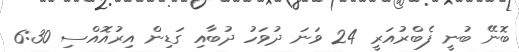
ބޮނޭ ބުނީ ފެބްރުއަރީ 24 ވަނަ ދުވަހު ދުބާއި ގަޑިން އިރުއޮއްސި 6:30